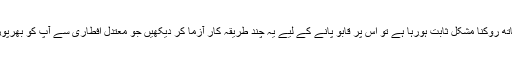
اس رمضان میں اگر آپ کے لیے بھی کھانے کی میز پر ہاتھ روکنا مشکل ثابت ہورہا ہے تو اس پر قابو پانے کے لیے یہ چند طریقہ کار آزما کر دیکھیں جو معتدل افطاری سے آپ کو بھرپور انداز سے لطف اندوز ہونے کا موقع بھی فراہم کریں گے۔